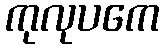
ကုလုပကေ